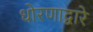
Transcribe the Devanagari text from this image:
धोरणाद्वारे